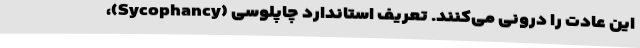
این عادت را درونی می‌کنند. تعریفِ استاندارد چاپلوسی (Sycophancy)،